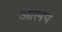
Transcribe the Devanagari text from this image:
आलप